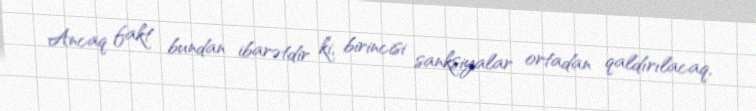
Ancaq fakt bundan ibarətdir ki, birincisi sanksiyalar ortadan qaldırılacaq,